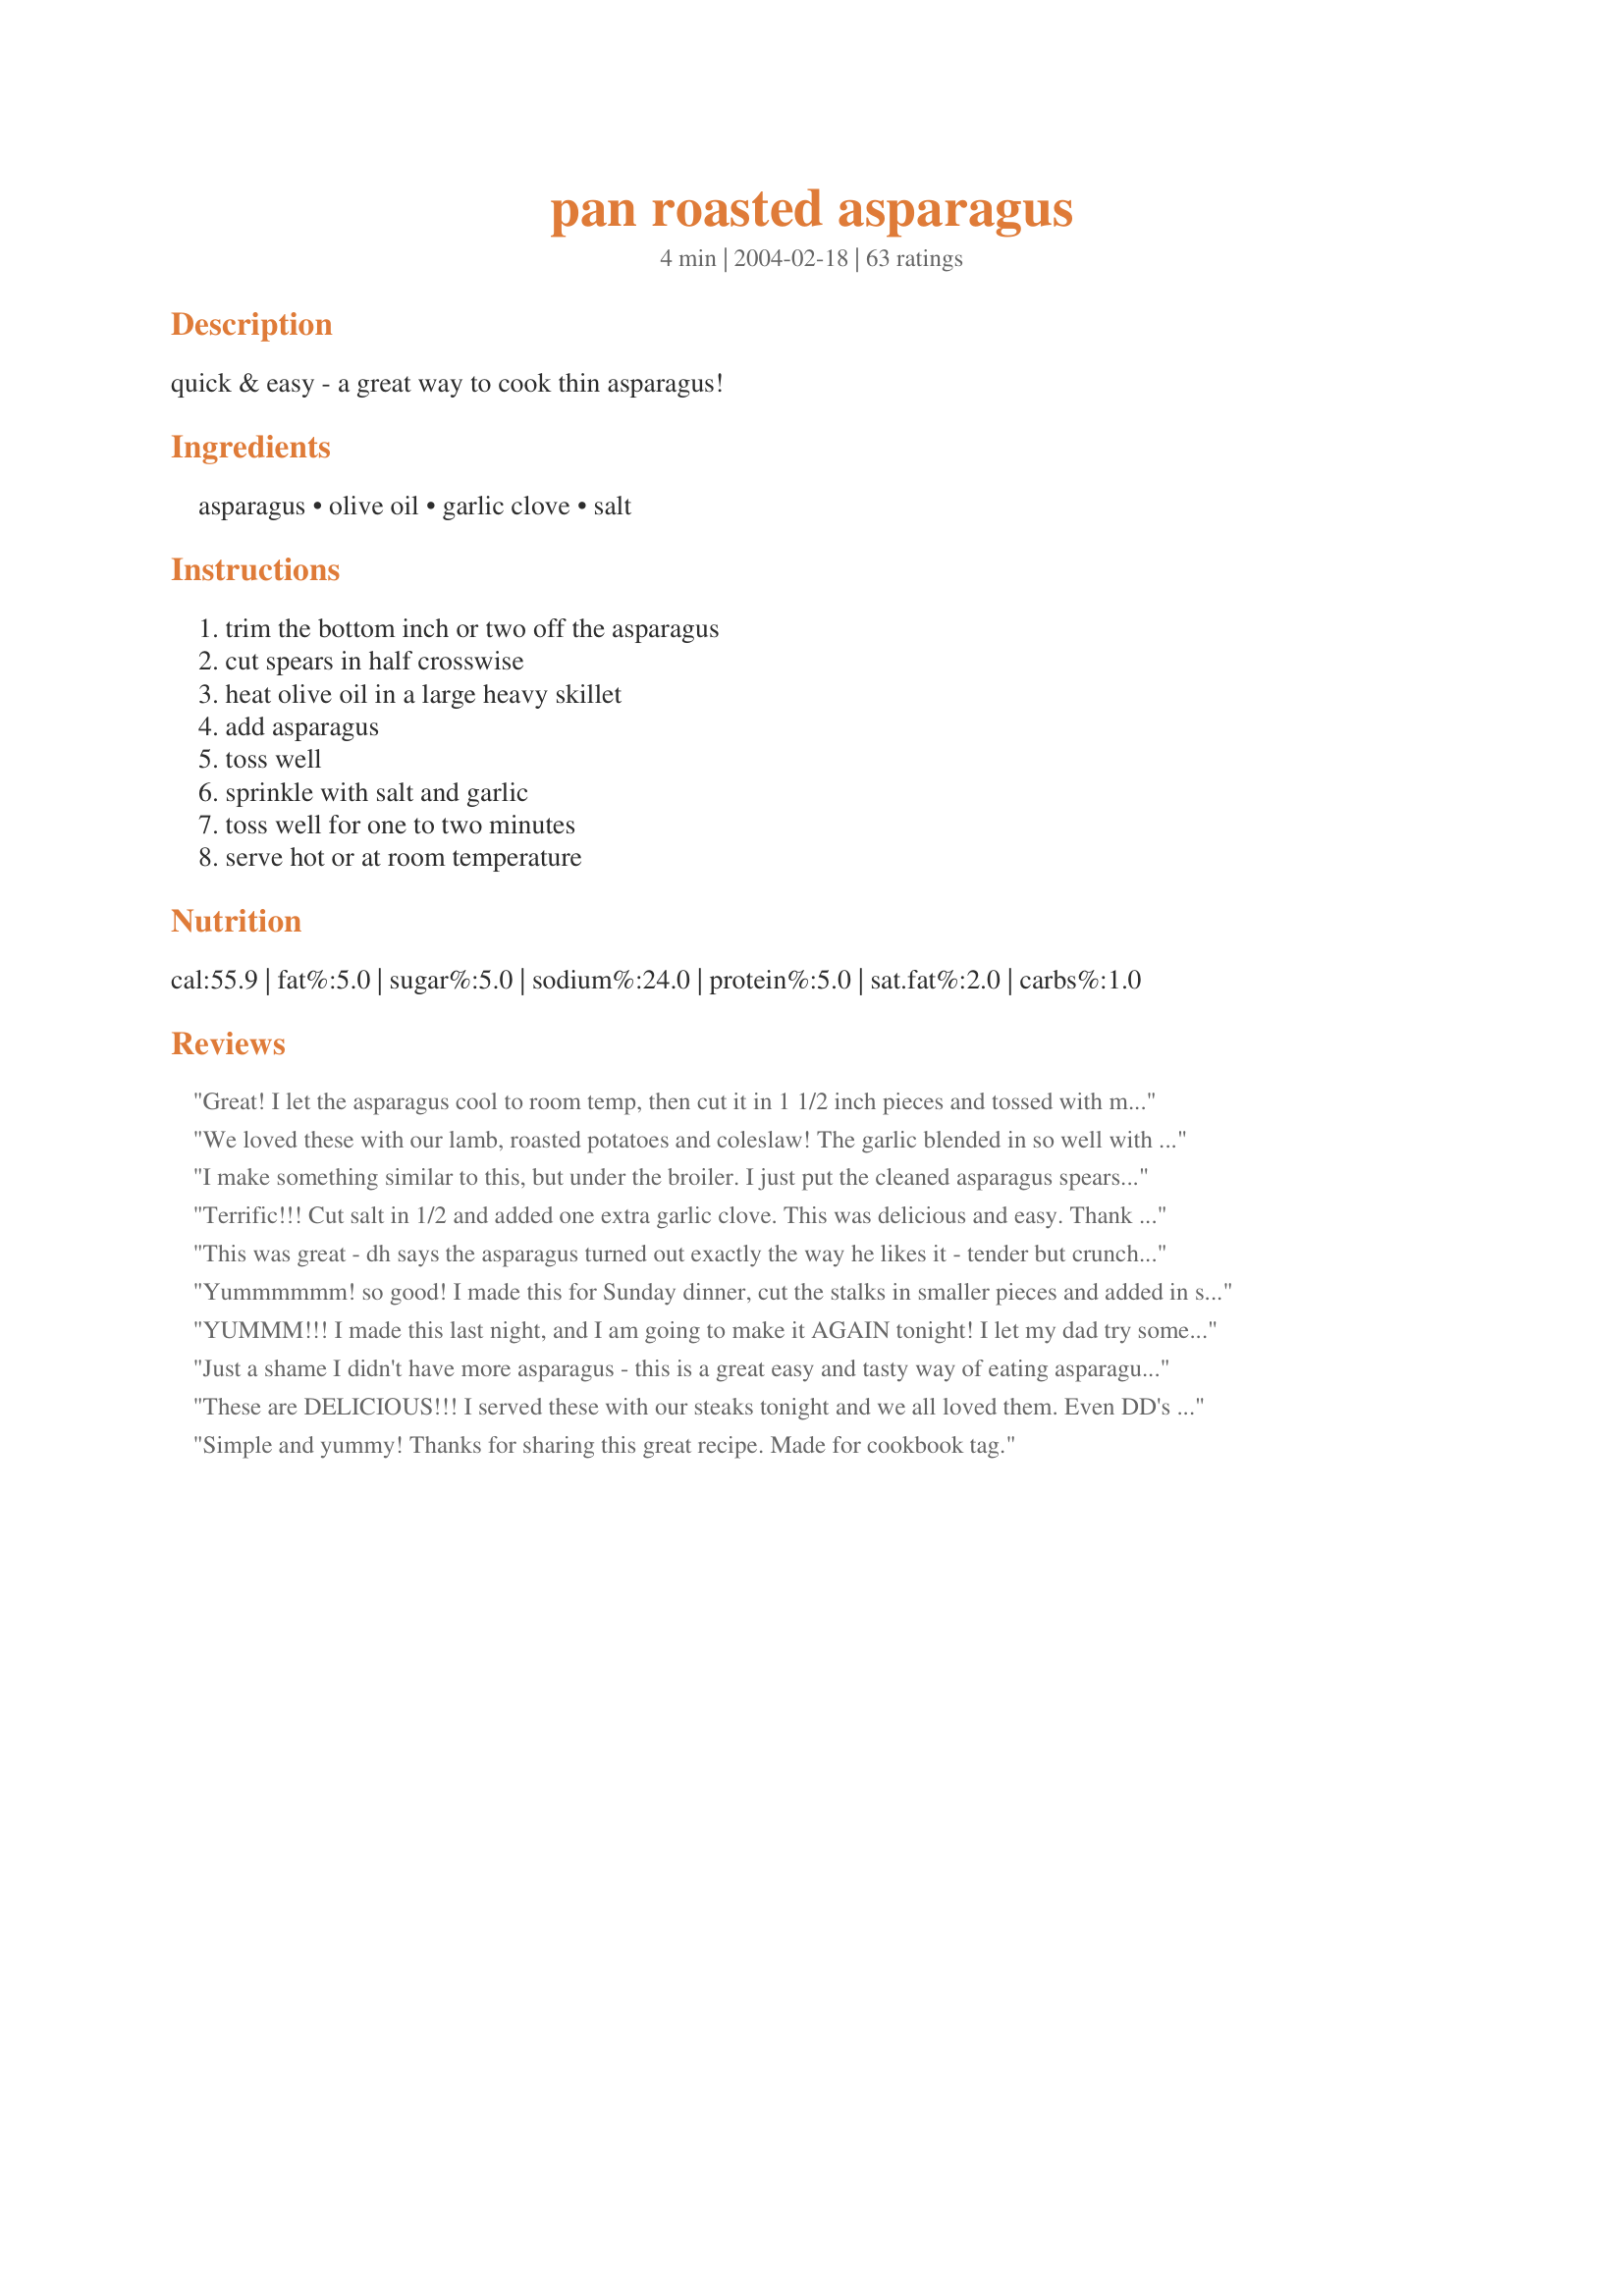
pan roasted asparagus
Preparation time: 4 minutes

quick & easy - a great way to cook thin asparagus!

Ingredients:
asparagus, olive oil, garlic clove, salt

Steps:
trim the bottom inch or two off the asparagus, cut spears in half crosswise, heat olive oil in a large heavy skillet, add asparagus, toss well, sprinkle with salt and garlic, toss well for one to two minutes, serve hot or at room temperature

Reviews:
Great! I let the asparagus cool to room temp, then cut it in 1 1/2 inch pieces and tossed with my salad...YUMMY!
We loved these with our lamb, roasted potatoes and coleslaw! The garlic blended in so well with the asparagus! I will make these again when we are in the mood for asparagus. We loved these! Thank you for sharing it!
I make something similar to this, but under the broiler. I just put the cleaned asparagus spears in a shallow pan, drizzle with olive oil, and sprinkle with sea salt and garlic, or with garlic salt, and then broil just a couple of minutes, so the asparagus is hot, slightly cooked, but still crunchy. Sometimes we make this first, and eat them right out of the pan while we prepare the rest of dinner...they're soooo good!
Terrific!!! Cut salt in 1/2 and added one extra garlic clove. This was delicious and easy. Thank you!!
This was great - dh says the asparagus turned out exactly the way he likes it - tender but crunchy - that's the way I like mine too.
Yummmmmm! so good! I made this for Sunday dinner, cut the stalks in smaller pieces and added in some roasted garlic that I had in my freezer. What a wonderful asparugus dish, I could have eaten the whole plate myself! Thank you for another winner Marg!.....Kitten:)
YUMMM!!! I made this last night, and I am going to make it AGAIN tonight! I let my dad try some, since he eats a ton of veggies. He's diabetic and gets bored with the same old tastes, and he LOVED this one for something different. He suggested cutting the stalks into bite sized pieces so they are easier to eat and will be easier to cook, too. THANK YOU for a wonderful idea!!
Just a shame I didn't have more asparagus - this is a great easy and tasty way of eating asparagus that I can definitely recommend.
These are DELICIOUS!!! I served these with our steaks tonight and we all loved them. Even DD's BF tried some for the first time and liked them. (he doesn't like any green veggies) Thank you so much for sharing this with us, we will use this recipe again, especially in the spring with our asparagus is in full bloom.
Simple and yummy! Thanks for sharing this great recipe. Made for cookbook tag.
Just made this for dinner & it was delicious. Lots of flavor & so easy to make. Thank you for recipe, we'll be eating asparagus like this from now on.
So easy, very tasty and healthy!! I sliced the asparagus in 1-2 inch pieces to make it easy for the kids to eat. Thank you!!
I just got through trying and reviewing "Garlic Sauteed Spinach." (112248) I wondered if asparagus would taste as good if made the same way, and found this recipe. Indeed, garlic seems to enhance everything! The colors are vivid, it's easy to control mushiness, and this might be a healthier alternative than other asparagus recipes. Thanks, CountryLady.
This is so simple, but it's so good! I only made one change to mine, and that was coconut oil instead of olive oil. My toddler ate this up....I think he ate more than me! Thanks!
Hi CountryLady;
Absolutely scrumptous. I did add some granulate garlic powder, loved the combination of flavors.
This is big keeper.
Thanks much.
"Uncle Bill"
Excellent, will certainly make this again.
I tried this as posted and really liked the result. Crispy asparagus and great color. I might try a spritz of fresh lemon juice next time. Thanks you for posting receipe.
Easy and delicious! Great preparation for asparagus, and it really brings out a wonderful flavor in the garlic too. Thanks for sharing!
I was really surprised at how good these came out. It's amazing what 3 simple ingredients can do! the taste was magnificent! I will be making these again!
Excellent! My mother always made this recipe but with green beans. The asparagus was great!
I am another fan of this asparagus. Who would think that something so simple could be so good?! It is amazing. It is the only way I can get my husband to eat asparagus. :-) I add a little pepper along with the salt and fresh garlic. At the end, I toss it with a little bit of parmesan and asiago cheese. Perfecto!
Love this recipe! So easy and straightforward. I also cut the stalks into bite-size pieces just as a preference and for the kids. Great taste!
Tasty - thank you!
I did these for Easter and they were a big hit!! I did cut them into 1" pieces and did more of a stir-fry. They came out wonderful!! These are definitely a keeper!!
great easy recipe, will be making again. served as a perfect side to Lime & Sweet Chilli Salmon.
I just made this today and it was delicious!! It was fast, easy & so yummy. This will go into my favorites!
excellent! i used the juice of 1/2 lemon then put the lemon right in the pan .it was delicious,next time i'm going to try roasted garlic.
My dad really liked this: He was the only one, other than me, that tried it! :( I added some pepper, and I did the "bag shake" to mix it up. I'm bummed because I think that I don't like asparagus! Every recipe I have tried, the asparagus just doesn't taste good. For this recipe though, I liked the flavor of the things I added, but when the flavor of the actual asparagus came to, it was hard to swallow. Oh well. I guess I have to miss out! Thanks for sharing!
Yummy, easy. elegant, and fast. The only thing about this recipe better than those four words is that my picky picky DD6 loves asparagus now based on this recipe! Thank you so much for posting. :)
My new favorite way to eat asparagus, and now a permanent staple in my menus. Thanks!
The suggested amount of salt was way too much for me -- next time I'll start with 1/4 tsp and see if it needs more. I could only find thick spears, and they needed 5 minutes of stirfrying. Duck sauce is nice for dipping.
Excellent!!! Added lime and pepper at the end as many of the reviewers suggested. The first time I have bought and made asparagus. Just cooked it for 2 mins. Nice and tender but still crunchy. Really loved it. :) Fay
This is wonderful! I used butter instead of the oil though. It gave it a better flavour. Thanks for sharing!
This was so good we love asparagus and this was a new way to prepare it will never go back to just steaming it again.Thanks for a great new recipe
Another 5 stars! We loved this one. So easy and so good. It did take about 5 minutes but the aspargus was still tender crisp. Very light and fresh tasting. I added the juice of a lemon at the very end with fresh ground pepper. Thanks
Just delicious. We're both garlic and asparagus addicts, so I added extra garlic. Thanks so much for this easy to make veggie recipe.
OMG! I make this all the time, but I got the recipe on allrecipes.com! This is so simple and delicious that my family insists on it on a regular basis. I use frozen asparagus when fresh is not available or in season. YUMMY!!!
Delicious!! It doesn't get any easier than this. My stalks were thick, so I cooked them about 5 minutes before adding the salt and garlic. Also, I added some fresh ground black pepper. My family loved this and gave it 2-thumbs up. Thank you for sharing this wonderful recipe...it is definitely a keeper.
My Mom shared this cooking process for asparagus with us several years ago. When it's too cool outside to grill we can still enjoy this classic dish inside. I like to use Extra Virgin Olive Oil when I prepare and season with Kosher Salt & fresh ground black pepper. Wonderful 5 star recipe!
These were so simple yet very tasty. I am sure you need to use the thin asparagus as they cook so quickly. No changes needed to this one. It was perfect.
Does it get any easier than this? I think not! I bought some very thin asparagus stalks, and this was the perfect way to cook them quickly.
Oh yummy yummy! I'm going to throw in my 5 stars as well. SUPER easy to make, and the taste was fabulous! The salt and garlic added just enough flavor but still let the natural flavor of the asparagus come through. I had to use peanut oil though since I was out of olive oil and it still came out great. Thanks so much for this recipe!!
I have been making Asparagus this way for years and it is absolutely delicious this way. I like to use kosher salt for texture. Thanks for sharing a great recipe! :)
What a lovely way to make asparagus. The color was really pretty, and the crunch of the asparagus was really pleasing. Simple ingredients added to this wonderful vegetable didn't overpower the asparagus. Full of flavor. Definately a keeper in my t&t book. Thanks for sharing your recipe.
so simple and so good!
Wow! So simple and so good. I ended up eating the whole thing myself. Asparagus is a negative-calorie food, meaning your body burns more calories to digest it than you intake eating it. So if you want to make it even healthier, try using chicken broth instead of oil. Great recipe!!!!
Wow! I couldn't help but nibble as I cooked. I know this asparagus will be the hit of tonight's potluck. I found 2 minutes wasn't long enough, but that may have been partially a volume issue. I did double the recipe. It probably took 4 or 5 minutes to get it to tender/crisp. I squeezed a bit of lemon juice over the asparagus & garnished with some toasted almond slivers. It looks absolutely gorgeous, with a nice bright green set off nicely by the golden nuts. And since I sneaked a taste, I know it tastes as good as it looks! Thanks, countrylady. This will be made often at our house.
This is just like the recipe by Joel that I used but his is in the oven vs. CountryLady's pan-fried. Oven Roasted Asparagus with Garlic #11476 by Joel I like the stove top method in the summer so my house does not heat up. But I prefer the look of Joel's recipe when severing the long spears of asparagus. Either recipe is extremely delicious!
I had 2 lbs. of asparagus and I also put them in a ziplock back and added 2 tbs. of olive oil and made sure they were coated good. I made the mistake of not cutting the spears in half and it took a little bit longer then the two minutes to cook them....but the end results were crisp, very delicious asparagus. My son that does not like asparagus said he was going to try (just one) and a half plate later said they were really good. My husband loved them also and kept commenting on the bright green color and he loved the addition of the garlic. This is a real "keeper" recipe! Thanks CountryLady
Loved this recipe for a different way to cook asparagus. Usually I bake them with garlic and parmesan. This is a good change-up. I used about 4 cloves of garlic and we loved it. Thanks.
Perfect! My go to recipe for asparagus.
We are a family of garlic lovers. So, I used extra of course. I also used garlic salt. It was plenty garlicky and we loved every last bite!
I can't believe how easy this was, and it tasted fabulous - even cold two days later! LOL My friend who was over for dinner loved it, too. The only nay-sayer was my husband, who happens to like his veggies cooked to the level of mush. Too bad for him, he missed out on some yummy asparagus!
One word! Delicious!
I made this for Easter dinner and served it with the spiral ham.
It was so good and so easy!
Thanks Countrylady
I recently tried asparagus for the first time and it definitely a vegie that is an acquired taste. Personally, I like my asparagus roasted in the oven and sprinkled with parmesan cheese. I wanted to try something new, so I prepare this dish. Nothing special, but for those asparagus lovers out there, this is worth a try. Thanks for the recipe!
Very simple & tasty! Great flavor with a nice crunchy texture on the outside but a bit softer on the inside. I used more garlic, along with garlic salt and pepper. I can honestly say I've only had steamed asparagus and all I can say now is that was a lot of wasted asparagus! This was excellent. Thanks for posting!
Loved the garlic with the asparagus! What a delightful combination. So very simple to prepare and a beautiful addition to the table! Thanks, CountryLady!
This is a tasty way to prepare asparagus. Green beans are very good made this way also, and so quick and easy. I sometimes add a little chopped onion and dash of oregano if I have the time.
This is so easy and delicious. A big hit for everyone in my family.
What an easy recipe for asparagus and tasty too! I think I prefer oven-roasted asparagus, but if your oven is preoccupied with something else, this is definitely the way to go. Thank you for sharing this great recipe.
OMG!! This is super-easy and super-yummy!! I love this recipe - can't wait to make it again!!
Delish! Served this with prime rib for Christmas and there wasn't a bit left. Extremely easy to prepare. Thanks!
I usually roast asparagus in the oven, but decided to try this for a change and it was excellent. This is a nice alternative to oven-roasting when you don't want to heat up the oven. It did take a bit longer than the two minutes--I cooked 2 1/2 pounds of asparagus but did use a huge saute' pan. I had guests and they loved it as well. Thanks for sharing!
